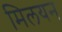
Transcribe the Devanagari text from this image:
मिलयन